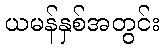
ယမန်နှစ်အတွင်း